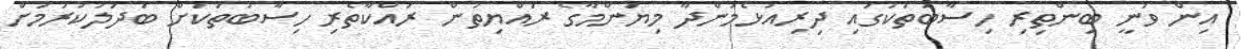
އިން ވަނީ ބިންތިރި ހިސާބުތަކުގައި ދިރިއުޅެމުންދާ މިޔަންމާގެ ރައްޔިތުން ރައްކާތެރި ހިސާބުތަކަށް ބަދަލުކުރުމަށް